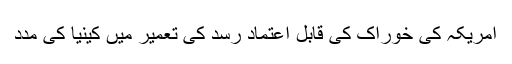
امریکہ کی خوراک کی قابل اعتماد رسد کی تعمیر میں کینیا کی مدد